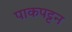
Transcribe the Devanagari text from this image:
पाकपट्टन